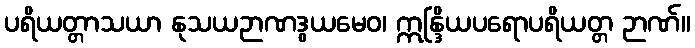
ပရိယတ္တာသယာ နုသယဉာဏဒွယမေဝ၊ ဣန္ဒြိယပရောပရိယတ္တ ဉာဏ်။